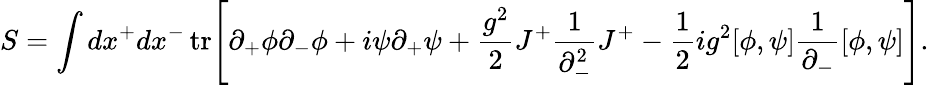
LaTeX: S=\int dx^{+}dx^{-}\, \mathrm{tr}\Bigg[\partial_{+}\phi\partial_{-}\phi+i\psi\partial_{+}\psi+\frac{g^{2}}{2}J^{+}\frac{1}{\partial_{-}^{2}}J^{+}-\frac{1}{2}ig^{2}[\phi,\psi]\frac{1}{\partial_{-}}[\phi,\psi]\Bigg].